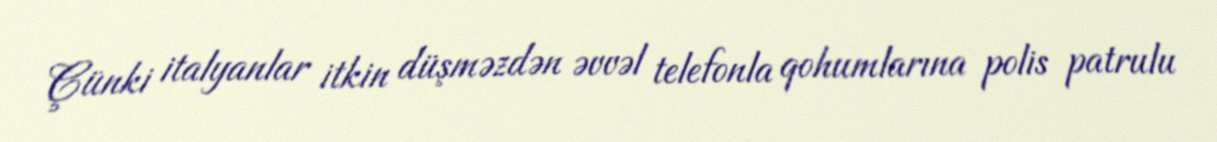
Çünki italyanlar itkin düşməzdən əvvəl telefonla qohumlarına polis patrulu